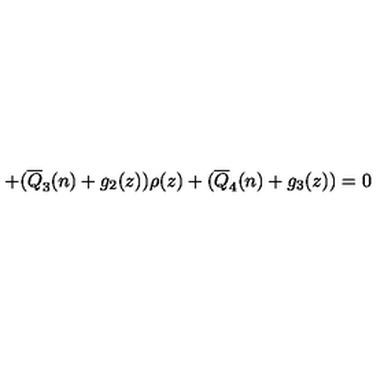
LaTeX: + ( \overline { { Q } } _ { 3 } ( n ) + g _ { 2 } ( z ) ) \rho ( z ) + ( \overline { { Q } } _ { 4 } ( n ) + g _ { 3 } ( z ) ) = 0